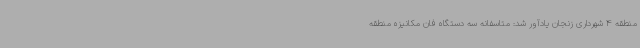
منطقه 4 شهرداری زنجان یادآور شد: متاسفانه سه دستگاه فان مکانیزه منطقه